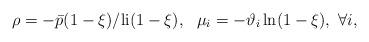
LaTeX: \begin{align*}\rho= -\bar{p}(1-\xi)/\mathrm{li}(1-\xi),\ \ \mu_i = -\vartheta_i\ln(1-\xi),\ \forall i,\end{align*}